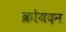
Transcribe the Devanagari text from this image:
क्रोयदन